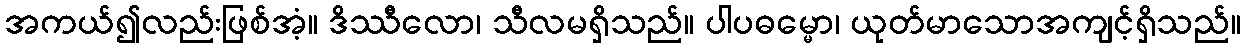
အကယ်၍လည်းဖြစ်အံ့။ ဒိဿီလော၊ သီလမရှိသည်။ ပါပဓမ္မော၊ ယုတ်မာသောအကျင့်ရှိသည်။